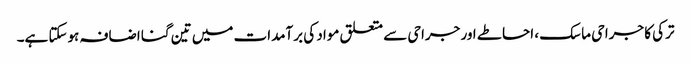
ترکی کا جراحی ماسک ، احاطے اور جراحی سے متعلق مواد کی برآمدات میں تین گنا اضافہ ہوسکتا ہے۔